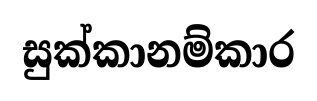
සුක්කානම්කාර